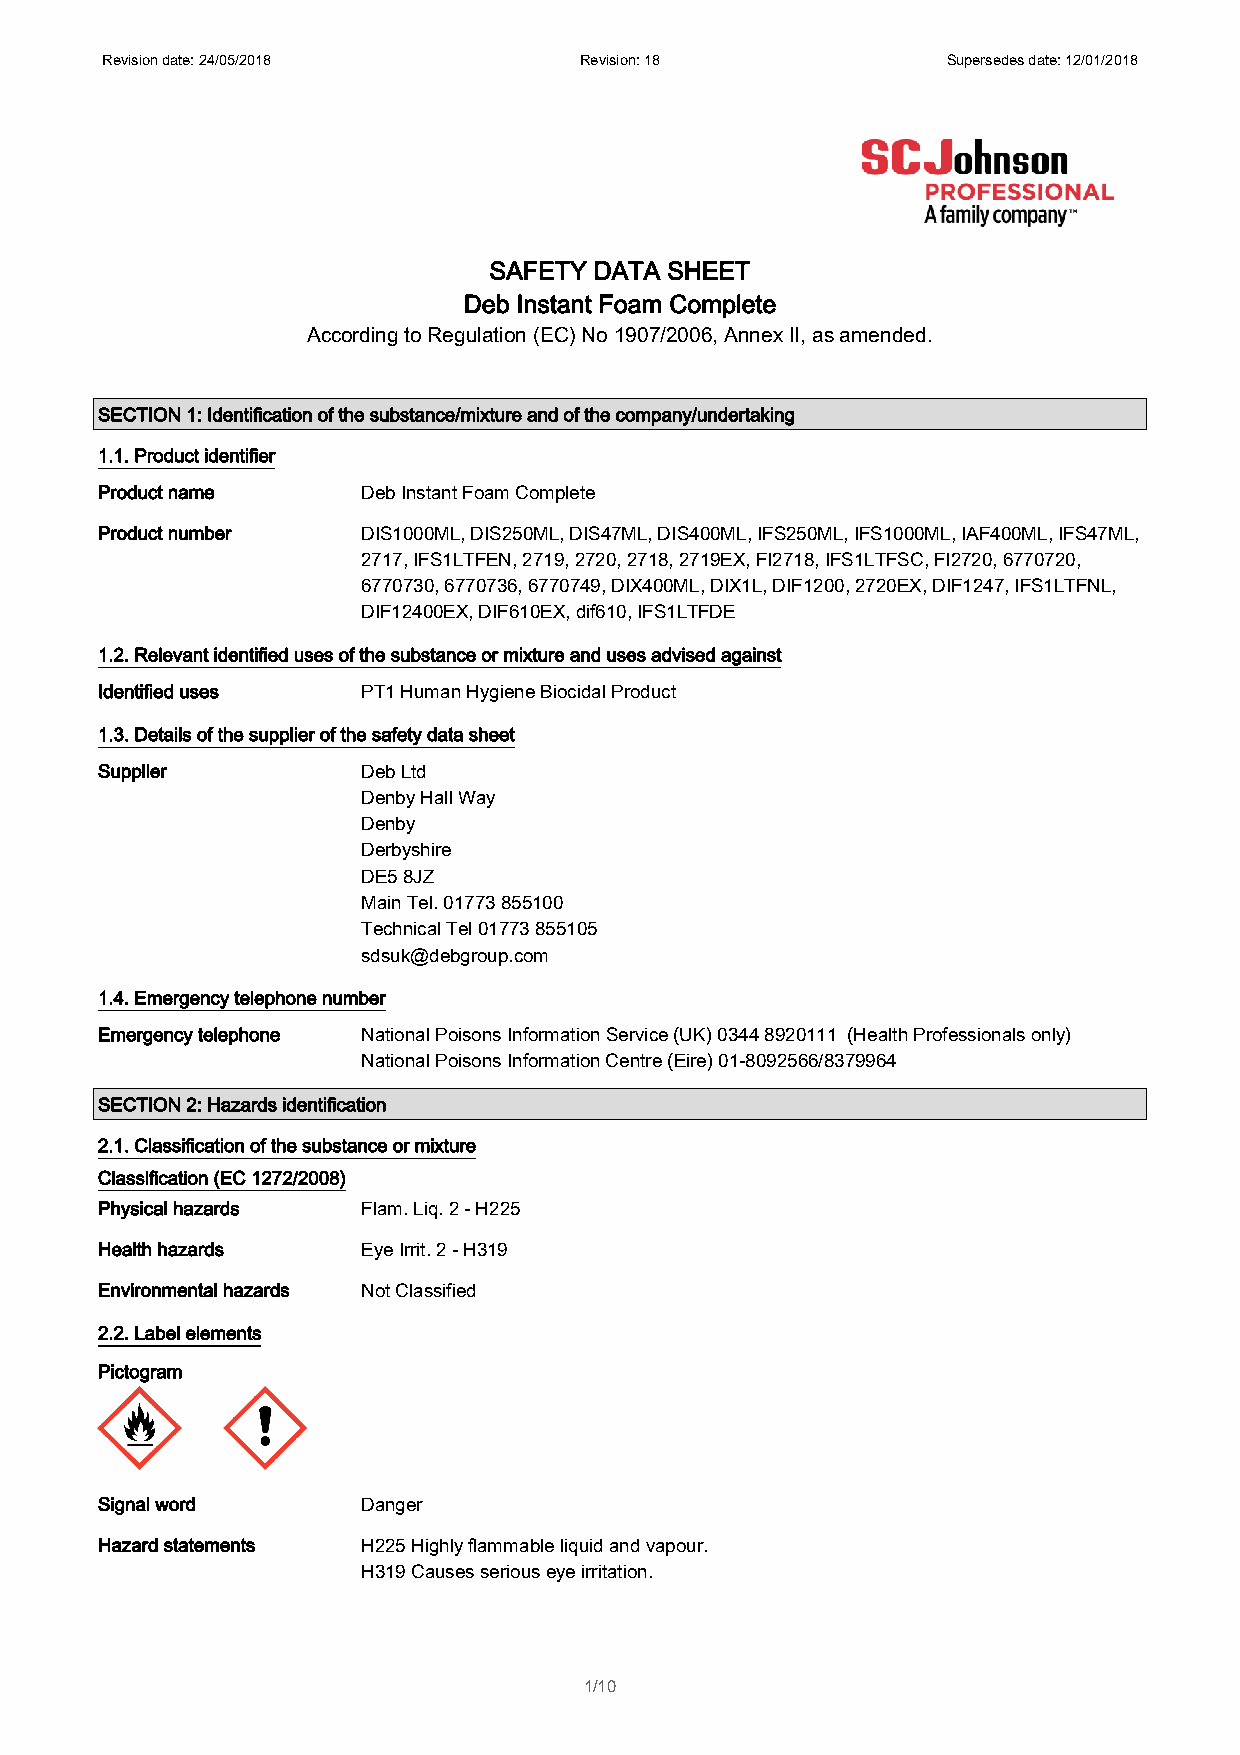
Revision date: 24/05/2018      Revision: 18             Supersedes date: 12/01/2018
 SAFETY DATA SHEET
 Deb Instant Foam Complete
 According to Regulation (EC) No 1907/2006, Annex II, as amended.
 SECTION 1: Identification of the substance/mixture and of the company/undertaking
 1.1. Product identifier
 Product name      Deb Instant Foam Complete
 Product number    DIS1000ML, DIS250ML, DIS47ML, DIS400ML, IFS250ML, IFS1000ML, IAF400ML, IFS47ML,
 2717, IFS1LTFEN, 2719, 2720, 2718, 2719EX, FI2718, IFS1LTFSC, FI2720, 6770720,
 6770730, 6770736, 6770749, DIX400ML, DIX1L, DIF1200, 2720EX, DIF1247, IFS1LTFNL,
 DIF12400EX, DIF610EX, dif610, IFS1LTFDE
 1.2. Relevant identified uses of the substance or mixture and uses advised against
 Identified uses   PT1 Human Hygiene Biocidal Product
 1.3. Details of the supplier of the safety data sheet
 Supplier          Deb Ltd
 Denby Hall Way
 Denby
 Derbyshire
 DE5 8JZ
 Main Tel. 01773 855100
 Technical Tel 01773 855105
 sdsuk@debgroup.com
 1.4. Emergency telephone number
 Emergency telephone National Poisons Information Service (UK) 0344 8920111 (Health Professionals only)
 National Poisons Information Centre (Eire) 01-8092566/8379964
 SECTION 2: Hazards identification
 2.1. Classification of the substance or mixture
 Classification (EC 1272/2008)
 Physical hazards  Flam. Liq. 2 - H225
 Health hazards    Eye Irrit. 2 - H319
 Environmental hazards Not Classified
 2.2. Label elements
 Pictogram
 Signal word       Danger
 Hazard statements H225 Highly flammable liquid and vapour.
 H319 Causes serious eye irritation.
 1/10